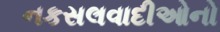
નકસલવાદીઓનો